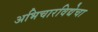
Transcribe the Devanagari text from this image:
अभिचारविद्येचा